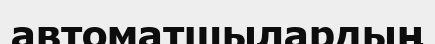
автоматшылардың